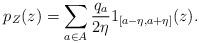
LaTeX: \begin{align*} p_Z(z) = \sum_{a\in A} \frac{q_a}{2\eta} 1_{[a-\eta,a+\eta]}(z).\end{align*}